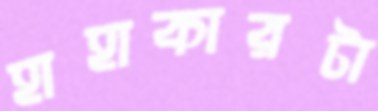
হাহাকারটা